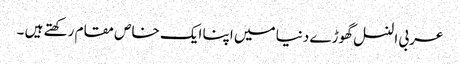
عربی النسل گھوڑے دنیا میں اپنا ایک خاص مقام رکھتے ہیں ۔